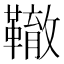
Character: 𩍒